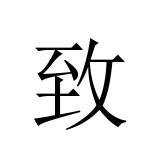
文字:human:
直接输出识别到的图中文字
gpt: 致